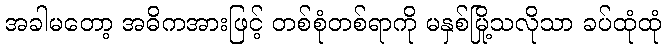
အခါမတော့ အဓိကအားဖြင့် တစ်စုံတစ်ရာကို မနှစ်မြို့သလိုသာ ခပ်ထုံထုံ